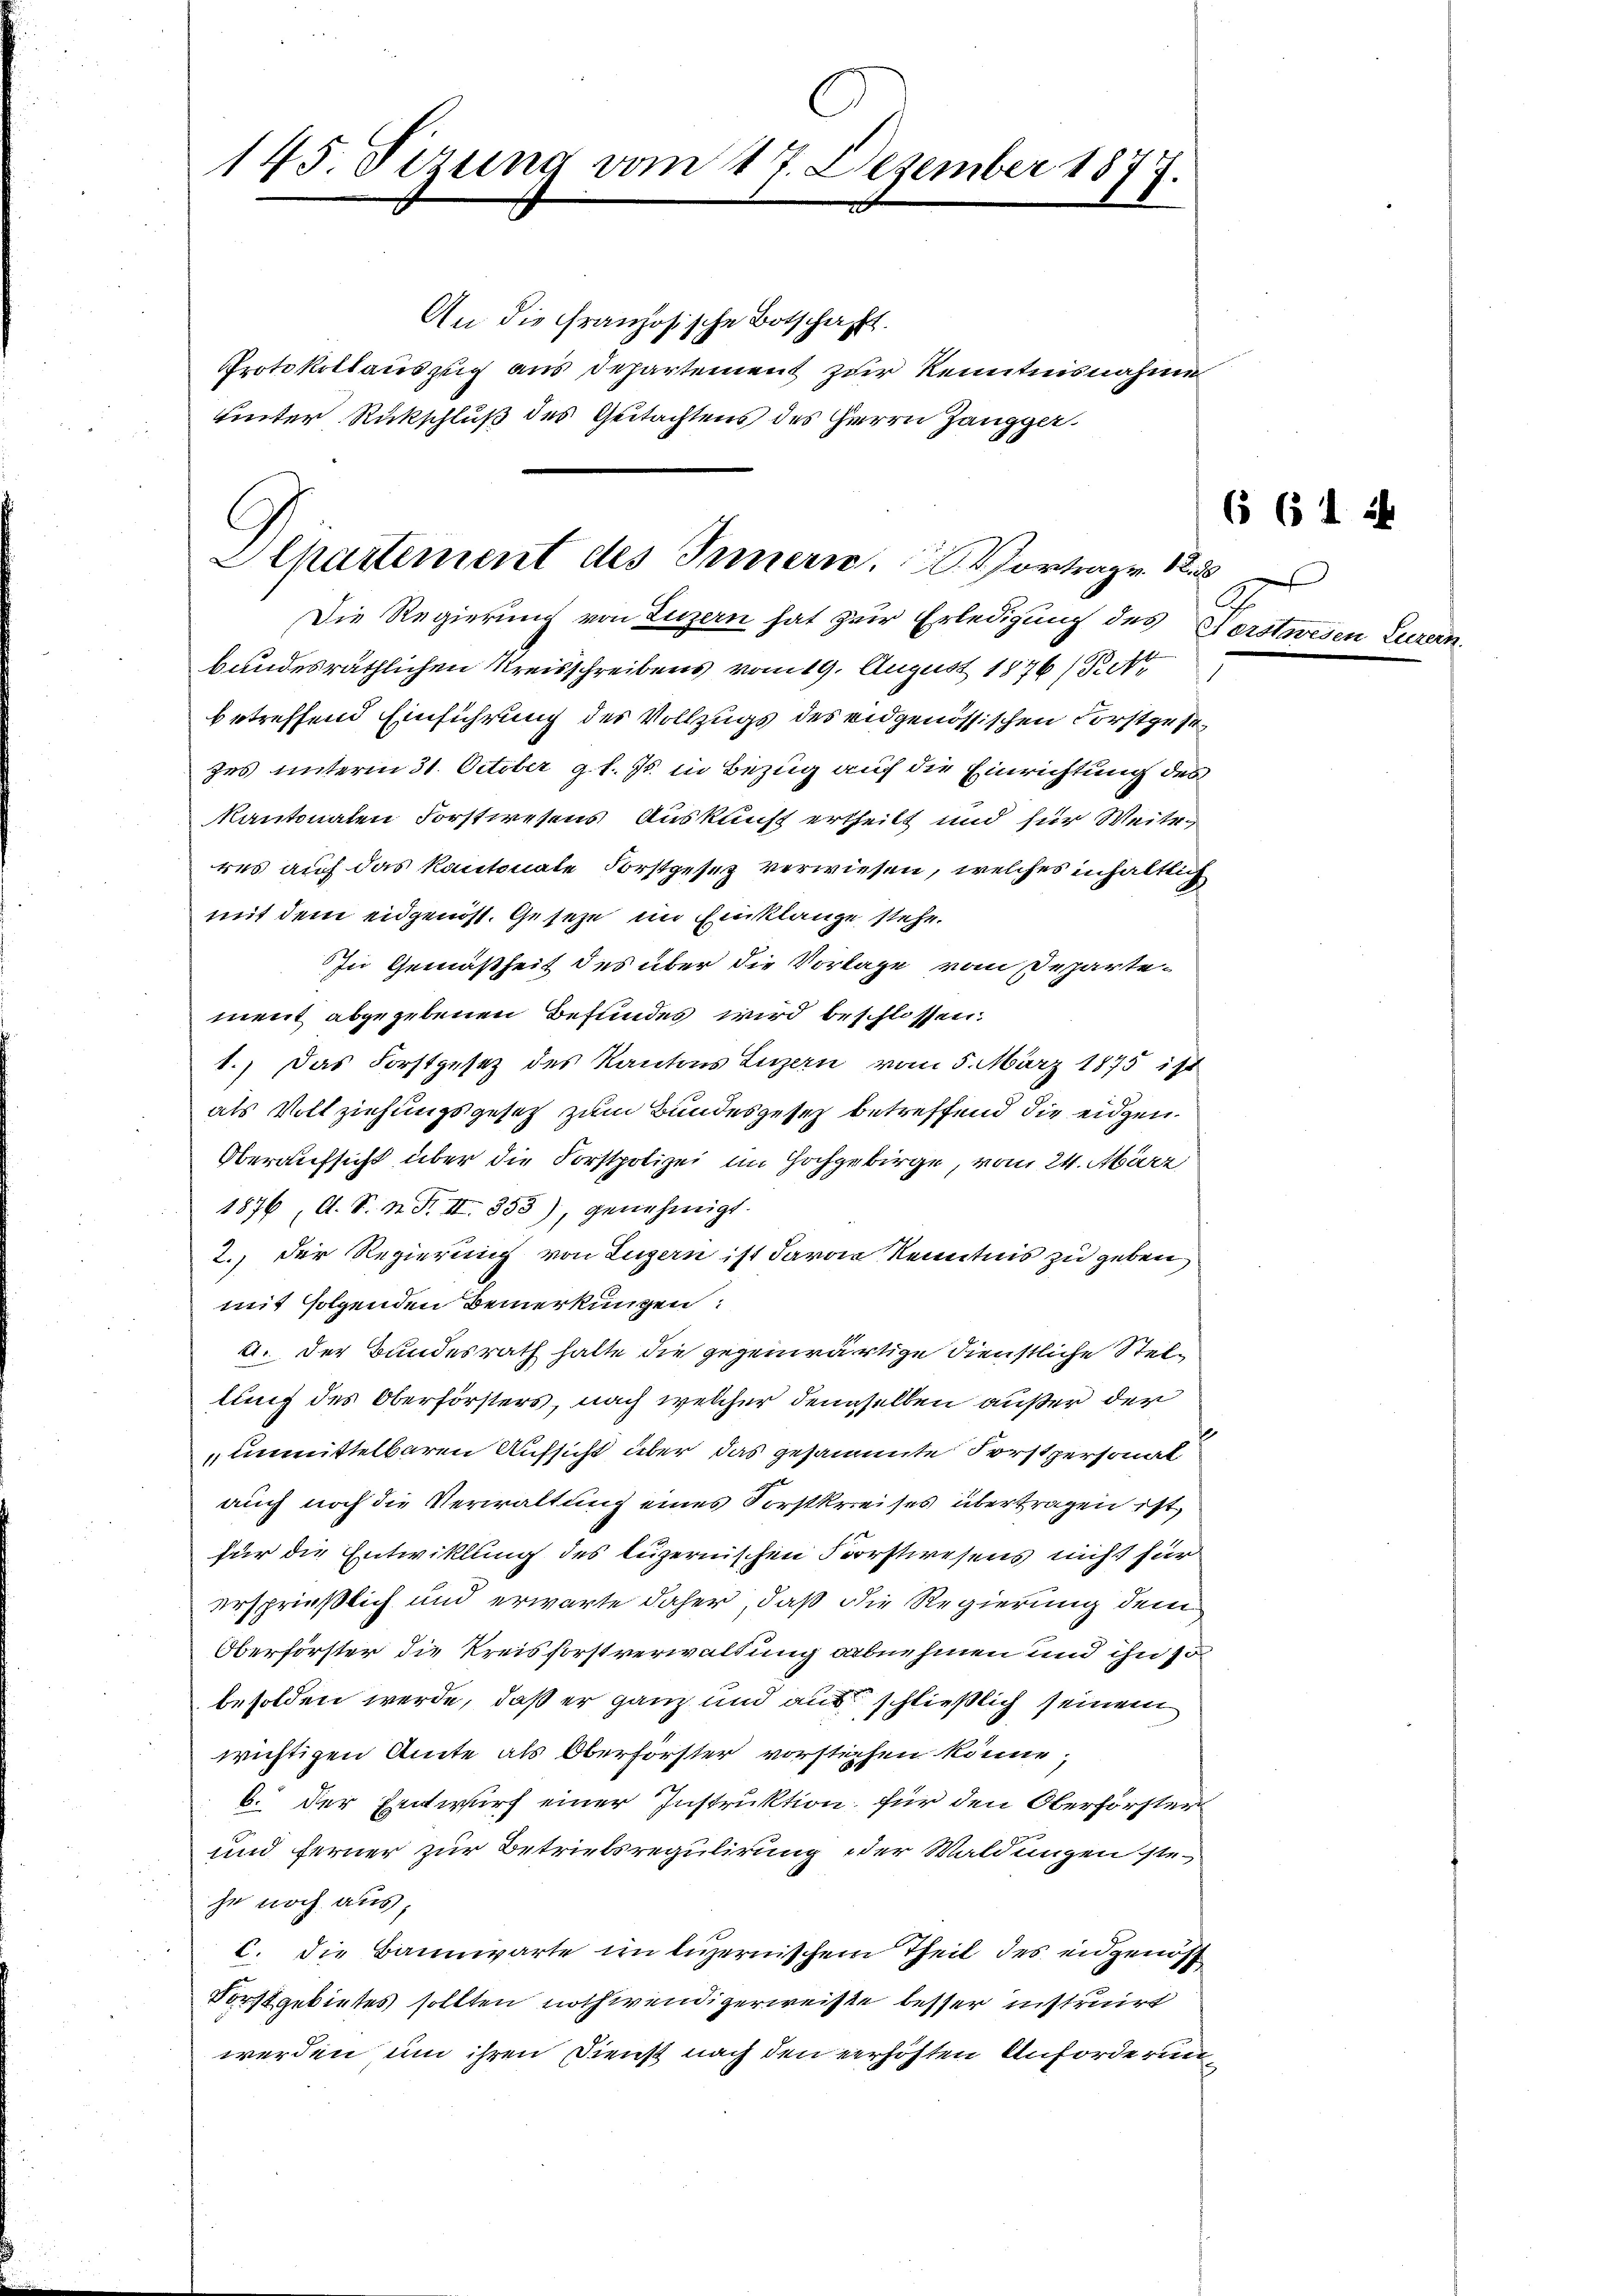
145. Sizung vom 17. Dezember 1877.

An die Französische Botschafft.
Protokollauszug aus Departement zur Kenntnisnahme
hinter Rückschluß des Gutachtens des Herrn Zangger.

Elpartement des Innern, Vortrage 18

Die Regierung von Luzern hat zur Erledigung des Forstwesen Eurer
bundesräthlichen Kreisschreibens vom 19. August 1876 (Rett
betreffend Einführung des Vollzugs des eidgenössischen Forstgesezes unterm 31. October gl. Js. in Bezug auf die Einrichtung des
Kantonalen Forstwesens Auskunft ertheilt und für Weite
res auf das Kantonale Forstgesetz verwiesen, welches inhaltlich
mit dem eidgenoss. Geseze im Einklange stehe.
In Gemäßheit des über die Vorlage vom Departement abgegebenen Befundes wird beschlossen:
1.) Das Forstgesetz des Kantons Luzern vom 5. März 1875 ist
als Vollziehungsgesetz zum Bundesgesetz betreffend die eidgen.
Oberaufsicht über die Forstpolizei im Hochgebirge, vom 24. März
1876, A. S. N. F. II 353), genehmigt.
2.) Der Regierung von Luzern ist davon Kenntnis zu geben,
mit folgenden Bemerkungen:
2. Der Bundesrath hatte die gegenwärtige Dienstliche Stellung des Oberförsters, nach welcher demselben außer der
unmittelbaren Aufsicht über das gesammte Forstpersonat
auch noch die Verwaltung eines Forstkreises übertragen ist,
für die Entwicklung des luzernischen Vorstwesens nicht für
ersprießlich und erwarte daher, daß die Regierung dem
Oberförster die Kreisforstverwaltung abnehmen und ihn so
besolden werde, daß er ganz und aus schließlich seinem
wichtigen Amte als Oberförster vorstichen könne,
b. der Entwurf einer Instruktion für den Oberförster
und ferner zur Betriebsregulirung der Waldungen steje noch aus,
C. die Bannwarte im luzernischem Theil des eidgenös
Forstgebietes sollten nothwendigerweiste besser instruirt
werden um ihren Dienst nach den verhöhten Anforderun¬

6 61 f